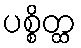
ပစ္စိတ္ထ